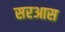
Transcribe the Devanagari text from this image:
सरआस